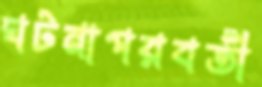
ঘটনাপরবর্তী